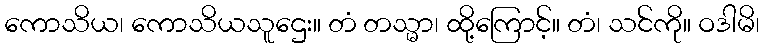
ကောသိယ၊ ကောသိယသူဌေး။ တံ တသ္မာ၊ ထို့ကြောင့်။ တံ၊ သင်ကို။ ဝဒါမိ၊